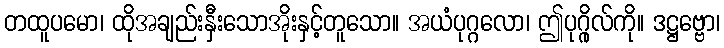
တထူပမော၊ ထိုအချည်းနှီးသောအိုးနှင့်တူသော။ အယံပုဂ္ဂလော၊ ဤပုဂ္ဂိုလ်ကို။ ဒဋ္ဌဗ္ဗော၊